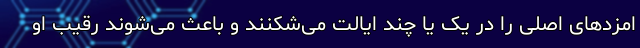
امزدهای اصلی را در یک یا چند ایالت می‌شکنند و باعث می‌شوند رقیب او